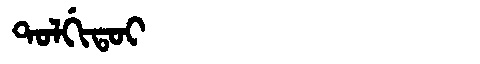
Manchu: ᡨᠣᠯᡤᡳᡨᠣᡳ
Romanization: TOLGITOI